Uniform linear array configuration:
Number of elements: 16
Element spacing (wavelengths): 0.25
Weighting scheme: uniform
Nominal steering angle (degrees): -60
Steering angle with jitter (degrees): -61.276
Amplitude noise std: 0.05
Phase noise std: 0.05

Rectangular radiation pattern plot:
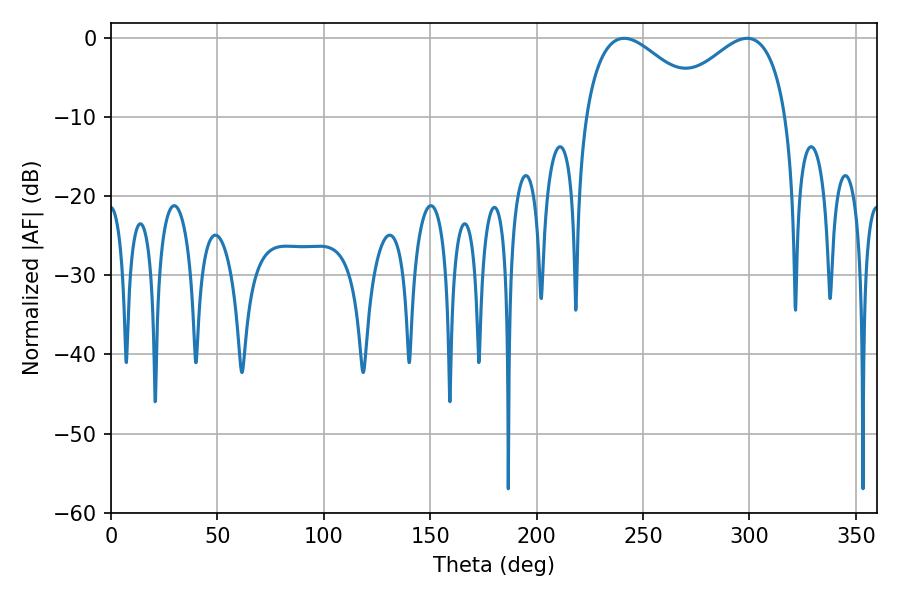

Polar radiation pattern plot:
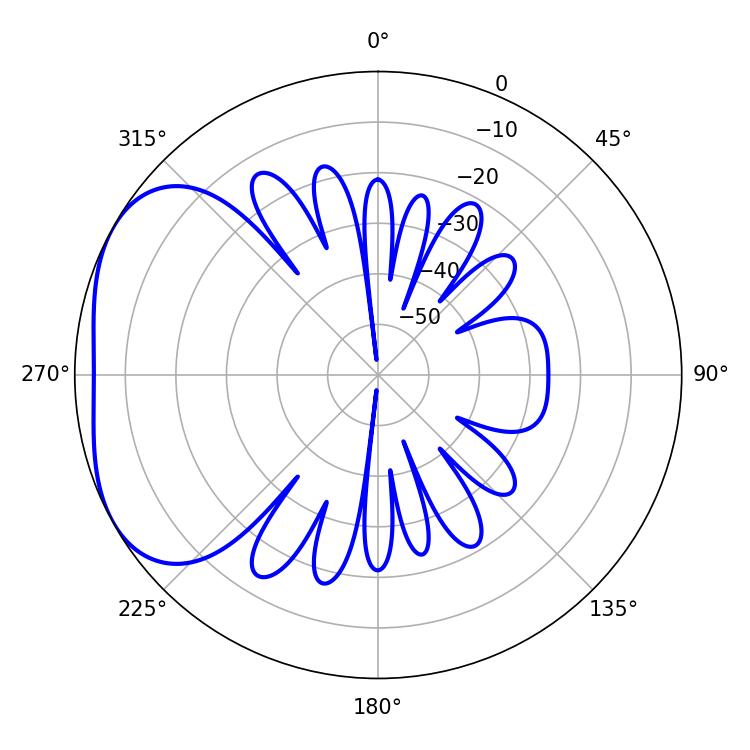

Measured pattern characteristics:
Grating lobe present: FALSE
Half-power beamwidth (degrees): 30.96
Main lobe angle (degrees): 241.2